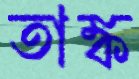
তাঙ্ক